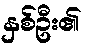
နှစ်ဦး၏